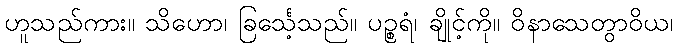
ဟူသည်ကား။ သိဟော၊ ခြင်္သေ့သည်။ ပဉ္စရံ၊ ချိုင့်ကို။ ဝိနာသေတွာဝိယ၊